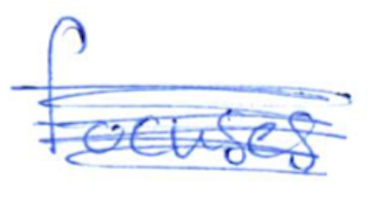
Text: focuses
Cross-out: scratch
Writing tool: ballpoint